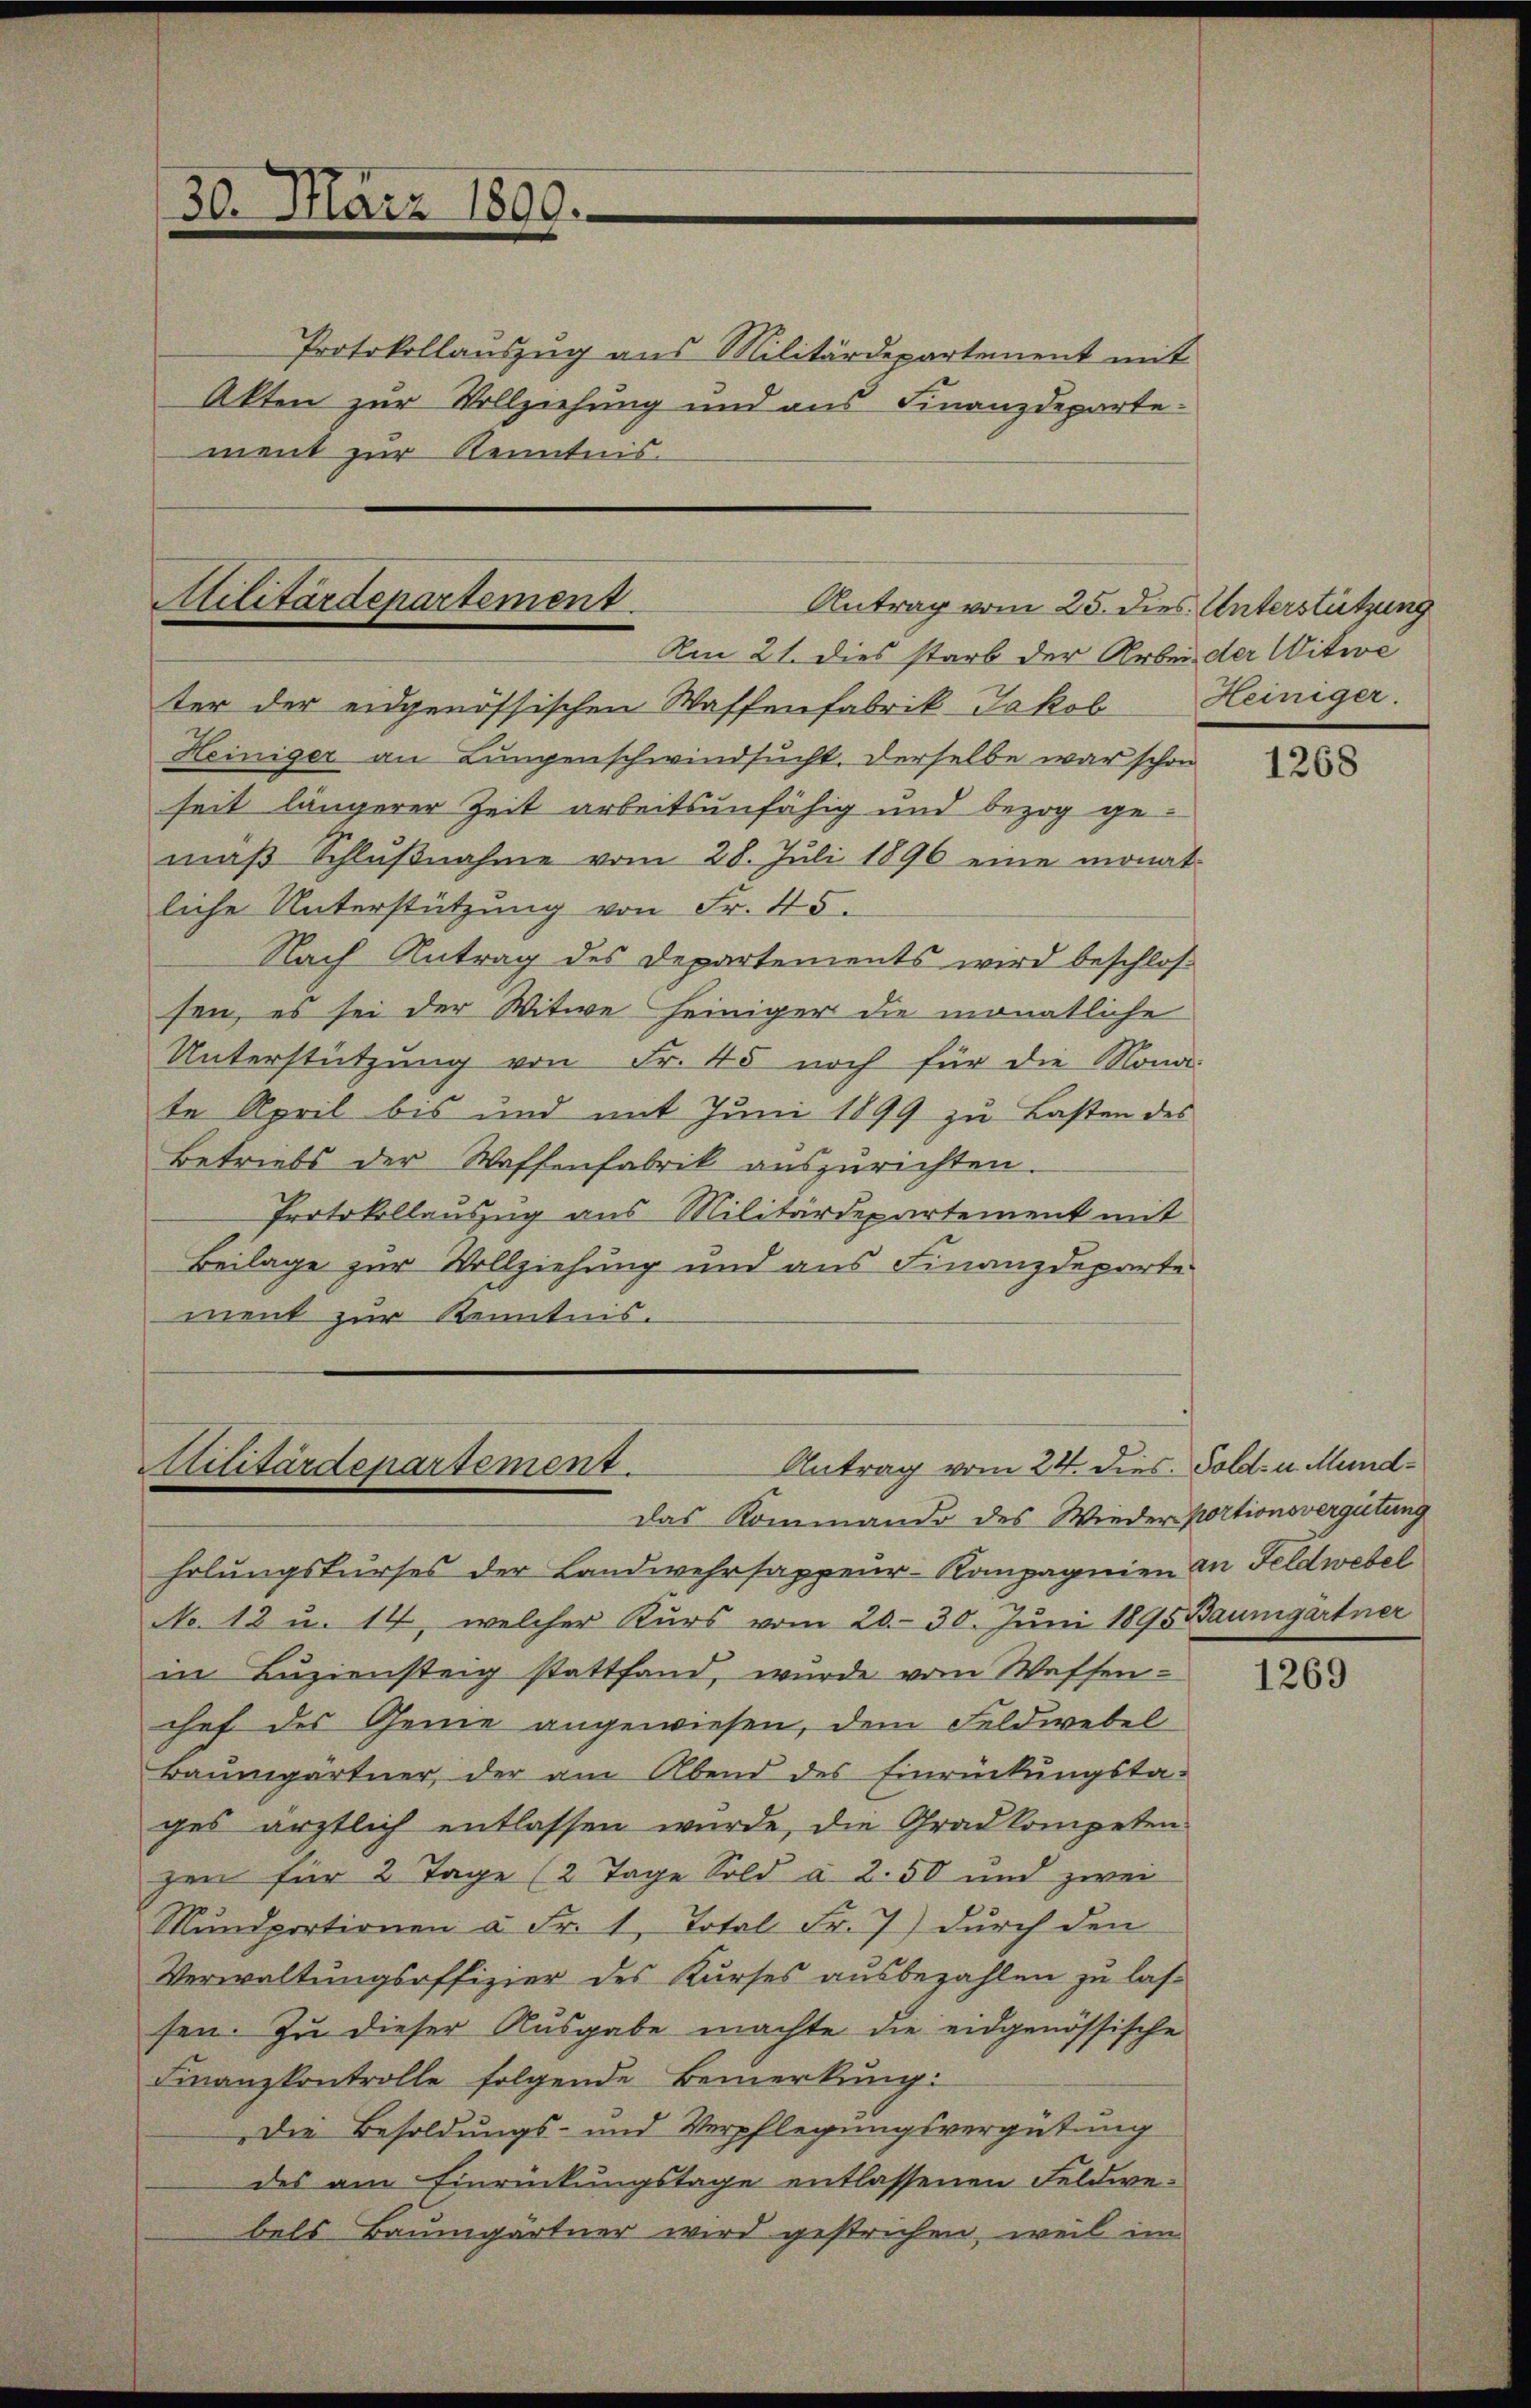
30. März 1890.

Protokollauszug aus Militärdepartement mit
Akten zur Vollziehung und aus Finanzdepartement zur Kenntnis.

Militärdepartement.
Antrag vom 25. dies Unterstützung

Am 21. dies starb der Arbei der Witwe
ter der eidgenössischen Waffenfabrik Jakob
Heiniger an Lungenschwindsucht. Derselbe war schon
seit längerer Zeit arbeitsunfähig und bezog gemäβ Schlŭβnahme vom 28. Juli 1896 eine monat
liche Unterstützung von Fr. 45.
Nach Antrag des Departements wird beschlos
sen, es sei der Witwe seiniger die monatliche
Unterstützung von Fr. 45 noch für die Nona-
te April bis und mit Juni 1899 zu Lasten des
Betriebs der Waffenfabrik auszurichten
Protokollauszug aus Militärdepartement mit
Beilage zur Vollziehung und aus Finanzdeparte
ment zur Kenntnis.

Antrag vom 24. dies. Gold- u. Mund¬
Militärdepartement.

das Kommando des Wieder portionsvergütung
holungskurses der Landwehrsappeur-Kompagnien an Feldwebel
No. 18 u. 14, welcher Kurs vom 20.- 30. Juni 1895 Baumgärtner
in Luziensteig stattfand, wurde vom Wassen-
chef des Genie angewiesen, dem Feldwebel
Baŭmgärtner, der am Abend des Einrückungsta-
ges ärztlich entlassen wurde, die Grad kompeten
gen für 2 Tage (2 Tage Sold à 2.50 und zwei
Mŭndportionen à Fr. 1. Total Fr. 7) durch den
Verwaltungsoffizier des Kurses ausbezahlen zu lassen. Zu dieser Ausgabe machte die eidgenössische
Finanzkontrolle folgende Bemerkung:
Die Besoldungs- und Verpflegungsvergütung
des am Einrückungstage entlassenen Feldwebels Baumgärtner wird gestrichen, weil im

Heiniger.

1268

1269